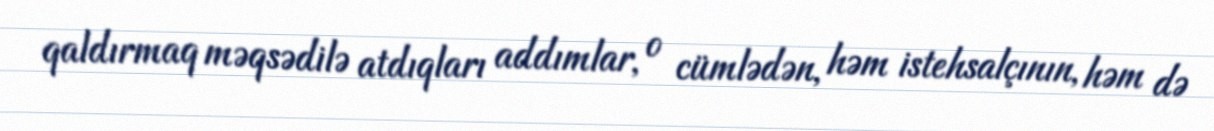
qaldırmaq məqsədilə atdıqları addımlar, o cümlədən, həm istehsalçının, həm də